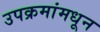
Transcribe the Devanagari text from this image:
उपक्रमांमधून